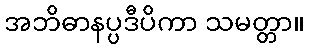
အဘိဓာနပ္ပဒီပိကာ သမတ္တာ။